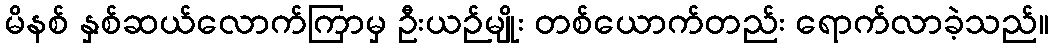
မိနစ် နှစ်ဆယ်လောက်ကြာမှ ဦးယဉ်မျိုး တစ်ယောက်တည်း ရောက်လာခဲ့သည်။